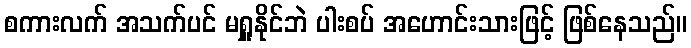
စကားလက် အသက်ပင် မရှူနိုင်ဘဲ ပါးစပ် အဟောင်းသားဖြင့် ဖြစ်နေသည်။